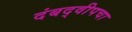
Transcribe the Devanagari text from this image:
दंबद्वीपचा